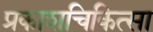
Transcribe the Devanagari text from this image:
प्रकाशचिकित्सा